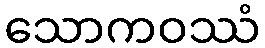
သောကဝဿံ